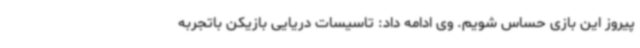
پیروز این بازی حساس شویم. وی ادامه داد: تاسیسات دریایی بازیکن باتجربه